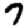
Digit: 7